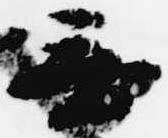
無